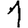
Digit: 1